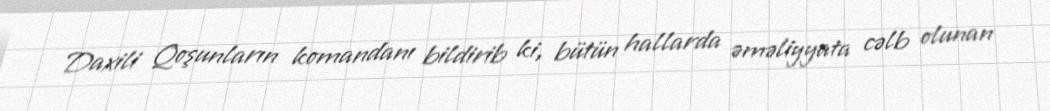
Daxili Qoşunların komandanı bildirib ki, bütün hallarda əməliyyata cəlb olunan